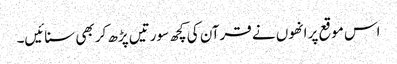
اس موقع پر انھوں نے قرآن کی کچھ سورتیں پڑھ کر بھی سنائیں۔